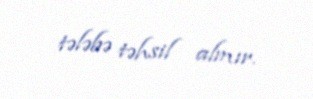
tələbə təhsil almır.